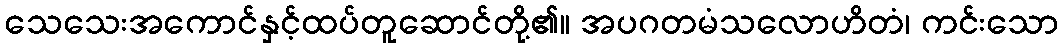
သေသေးအကောင်နှင့်ထပ်တူဆောင်တို့၏။ အပဂတမံသလောဟိတံ၊ ကင်းသော